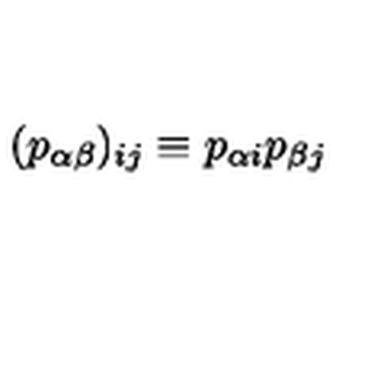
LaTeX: ( p _ { \alpha \beta } ) _ { i j } \equiv p _ { \alpha i } p _ { \beta j }